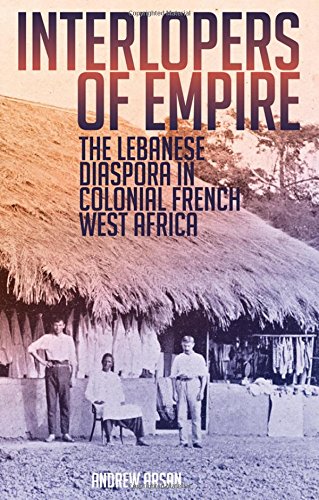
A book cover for Interlopers of Empire: The Lebanese Diaspora in Colonial French West Africa; Andrew Arsan; History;